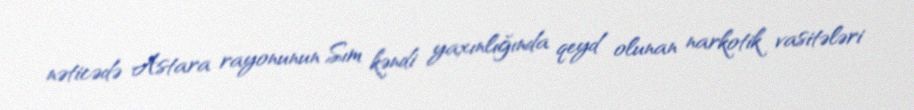
nəticədə Astara rayonunun Sım kəndi yaxınlığında qeyd olunan narkotik vasitələri